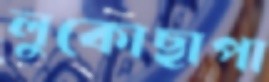
লুকোছাপা